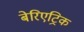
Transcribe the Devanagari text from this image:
बेरिएट्रिक